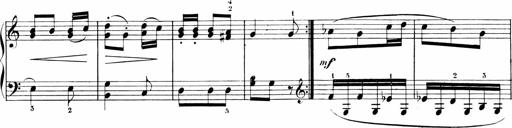
Title: Sonatinen Op.47, 98 und 136, nebst 6 Liedersonatinen
Composer: Carl Reinecke